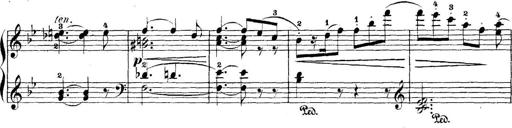
Title: 5 Sonatinas
Composer: Theodor Kirchner